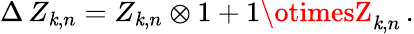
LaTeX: \Delta\, Z_{\mathit{k},n}=Z_{\mathit{k},n}\otimes1+1\otimesZ_{\mathit{k},n}\, .